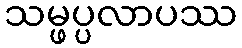
သမ္ဖပ္ပလာပဿ